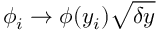
\phi _ { i } \to \phi ( y _ { i } ) \sqrt { \delta y }